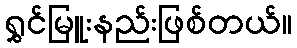
ရွှင်မြူးနည်းဖြစ်တယ်။